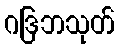
ဂဒြဘသုတ်